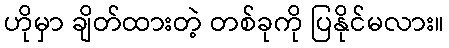
ဟိုမှာ ချိတ်ထားတဲ့ တစ်ခုကို ပြနိုင်မလား။